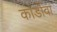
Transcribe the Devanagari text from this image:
कार्डोवा